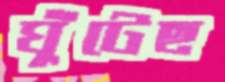
ঘুঁটেছ